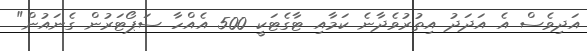
އަދިވެސް އެ އަދަދު އިތުރުވެދާނެ ކަމާއި ޓާގެޓަކީ 500 އެއްހާ ސަޕޯޓަރުން ގެނައުން"